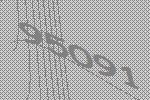
95091